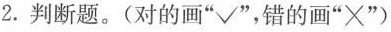
2.判断题。(对的画” √",$$ 错的画”×”)